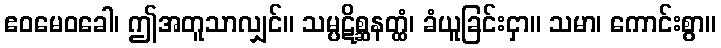
ဧဝမေဝခေါ၊ ဤအတူသာလျှင်။ သမ္ပဋိစ္ဆနတ္ထံ၊ ခံယူခြင်းငှာ။ သမာ၊ ကောင်းစွာ။